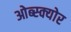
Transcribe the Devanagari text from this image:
ओब्स्क्योर